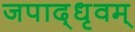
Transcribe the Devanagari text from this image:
जपाद्‌धृवम्